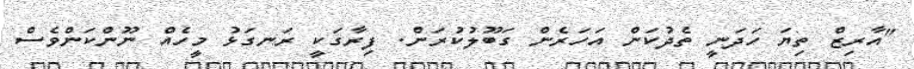
"އާރިޒް ތިޔަ ހަދަނީ ތެދުކަން އަހަރެން ގަބޫލުކުރަން. ފިރާގަކީ ރަނގަޅު މީހެއް ނޫންކަންވެސް